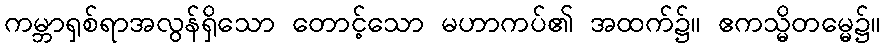
ကမ္ဘာရှစ်ရာအလွန်ရှိသော တောင့်သော မဟာကပ်၏ အထက်၌။ ဧကသ္မိတမ္မေ၌။